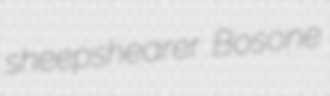
sheepshearer Bosone